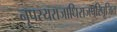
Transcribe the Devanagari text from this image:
नृपस्यराजाधिराजपरिपूजित